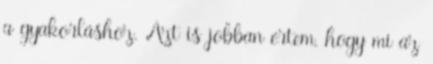
a gyakorláshoz. Azt is jobban értem, hogy mi az